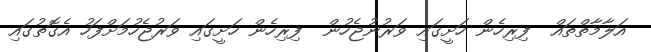
އަލާމާތްތައް  ފިރިހެން ހަށީގައި ވަރުނުޖެހުން  ފިރިހެން ހަށީގައި ވަރުޖެހުމަށްފަހު އެގޮތުގައި